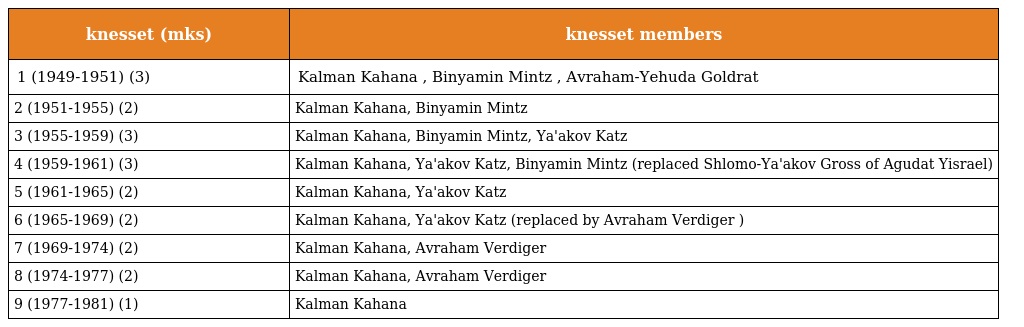
| knesset (mks) | knesset members |
 | --- | --- |
 | 1 (1949-1951) (3) | Kalman Kahana , Binyamin Mintz , Avraham-Yehuda Goldrat |
 | 2 (1951-1955) (2) | Kalman Kahana, Binyamin Mintz |
 | 3 (1955-1959) (3) | Kalman Kahana, Binyamin Mintz, Ya'akov Katz |
 | 4 (1959-1961) (3) | Kalman Kahana, Ya'akov Katz, Binyamin Mintz (replaced Shlomo-Ya'akov Gross of Agudat Yisrael) |
 | 5 (1961-1965) (2) | Kalman Kahana, Ya'akov Katz |
 | 6 (1965-1969) (2) | Kalman Kahana, Ya'akov Katz (replaced by Avraham Verdiger ) |
 | 7 (1969-1974) (2) | Kalman Kahana, Avraham Verdiger |
 | 8 (1974-1977) (2) | Kalman Kahana, Avraham Verdiger |
 | 9 (1977-1981) (1) | Kalman Kahana |